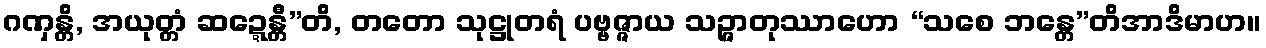
ဂဏှန္တိ, အယုတ္တံ ဆဍ္ဍေန္တီ”တိ, တတော သုဋ္ဌုတရံ ပဗ္ဗဇ္ဇာယ သဉ္ဇာတုဿာဟော “သစေ ဘန္တေ”တိအာဒိမာဟ။